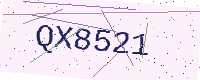
Text: QX8521